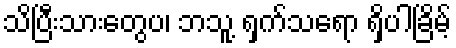
သိပြီးသားတွေပ၊ ဘသူ့ ရှက်သရော ရှိပါခြိမ့်